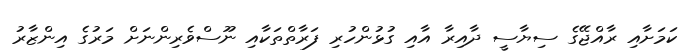
ކަމަށާއި ރާއްޖޭގެ ސިޔާސީ ދާއިރާ އާއި ގުޅުންހުރި ފަރާތްތަކާއި ނޫސްވެރިންނަށް މަރުގެ އިންޒާރު